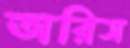
অরিস